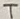
Text: T